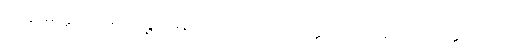
၈၂၄။ မိတ္တကာရေ လဉ္ဇဒါနေ၊ ဗလေ ရာသိ ဝိပတ္တိသု [ဗလရာသိ ဝိပတ္တိသု (က.)]။